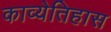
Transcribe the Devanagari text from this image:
काव्येतिहास